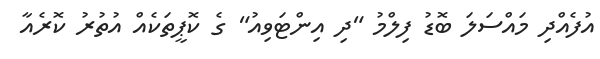
އުފެއްދި މައްސަލަ ބޮޑު ފިލްމު "ދި އިންޓަވިއު" ގެ ކޮޕީތަކެއް އުތުރު ކޮރެއާ